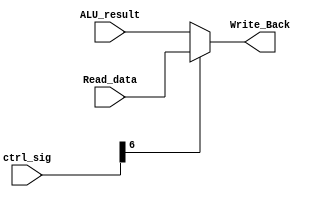
`timescale 1ns / 1ps
//////////////////////////////////////////////////////////////////////////////////
// Company: 
// Engineer: 
// 
// Design Name: 
// Module Name:    Write_Back 
// Project Name: 
// Target Devices: 
// Tool versions: 
// Description: 
//
// Dependencies: 
//
// Revision: 
// Revision 0.01 - File Created
// Additional Comments: 
//
//////////////////////////////////////////////////////////////////////////////////
module Write_Back(Read_data,ALU_result,ctrl_sig,Write_Back);
input [31:0] Read_data,ALU_result;
input [8:0] ctrl_sig;
output reg[31:0] Write_Back;
always@(*)
	if(ctrl_sig[6]) // If MemtoReg goes high
		Write_Back = Read_data;  // read_data is written back to register bank
	else
		Write_Back = ALU_result; // otherwise result from ALU unit is written back to register bank

endmodule